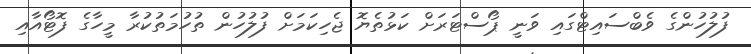
ފުލުހުންގެ ވެބްސައިޓްގައި ވަނީ ޕޯސްޓަރަށް ކަޅުތެޔޮ ޖެހިކަމަށް ފުލުހުން ތުހުމަތުކުރާ މީހާގެ ފޮޓޯއާއި